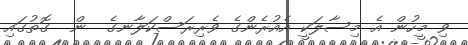
ވި މީހުން އެ މިސާލަކީ އެއުރެންގެ ވެރިރަސްކަލާނގެ  ން  ގޮތުގައި